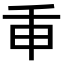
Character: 𢆍